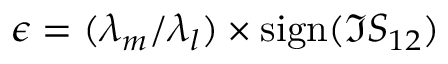
\epsilon = ( \lambda _ { m } / \lambda _ { l } ) \times \mathrm { s i g n } ( \mathfrak { I } S _ { 1 2 } )